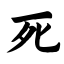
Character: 死